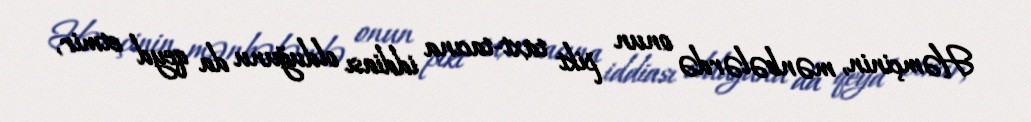
Həmçinin, mənbələrdə onun pikt taxt-tacına iddiası olduğunu da qeyd etmir,